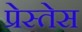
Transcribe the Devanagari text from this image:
प्रेस्तेस